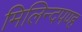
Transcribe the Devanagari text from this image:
मिलिन्दपण्ह